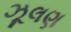
ઝૂલણ